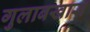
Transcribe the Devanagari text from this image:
गुलाबखास